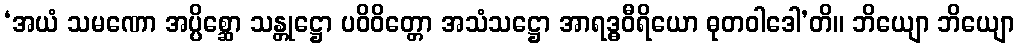
‘အယံ သမဏော အပ္ပိစ္ဆော သန္တုဋ္ဌော ပဝိဝိတ္တော အသံသဋ္ဌော အာရဒ္ဓဝီရိယော ဓုတဝါဒေါ’တိ။ ဘိယျော ဘိယျော